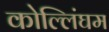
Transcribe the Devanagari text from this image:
कोल्लिंघम